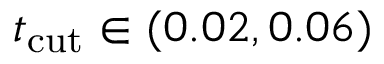
t _ { \mathrm { c u t } } \in ( 0 . 0 2 , 0 . 0 6 )